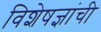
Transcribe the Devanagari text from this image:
विशेषज्ञांची